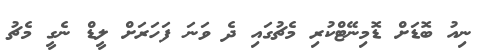
ނިއު ބޮޑަށް ޑޮމިނޭޓްކުރި މެޗުގައި ދެ ވަނަ ފަހަރަށް ލީޑް ނެގީ މެޗު